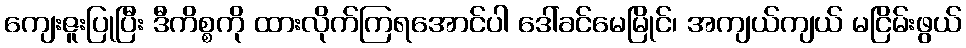
ကျေးဇူးပြုပြီး ဒီကိစ္စကို ထားလိုက်ကြရအောင်ပါ ဒေါ်ခင်မေမြိုင်၊ အကျယ်ကျယ် မငြိမ်းဖွယ်